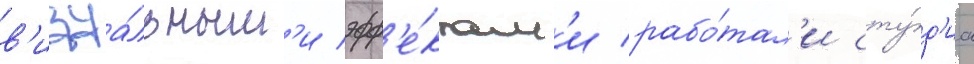
в'изуа́льным'и эфф'е́ктам'и рабо́тал'и сту́д'иа